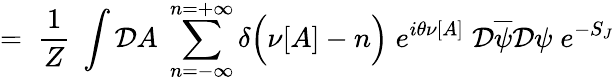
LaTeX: =\; \frac{1}{Z}\; \int{\cal D}A\; \sum_{n=-\infty}^{n=+\infty}\delta\Big(\nu[A]-n\Big)\; e^{i\theta\nu[A]}\; {\cal D}\overline{{{\psi}}}{\cal D}\psi\; e^{-S_{J}}